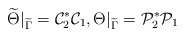
\begin{align*}\widetilde\Theta\vert_{\widetilde \Gamma}=\mathcal C_2^* \mathcal C_1,\Theta\vert_{\widetilde \Gamma}=\mathcal P_2^*\mathcal P_1\end{align*}